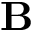
\mathbf { B }